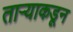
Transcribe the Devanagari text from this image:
ताऱ्याकडून